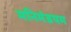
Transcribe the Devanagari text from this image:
मनिमंडपम